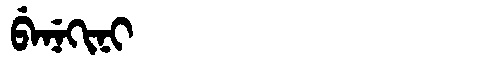
Manchu: ᠪᡝᠨᡝᡴᡳᠨᡳ
Romanization: BENEKINI